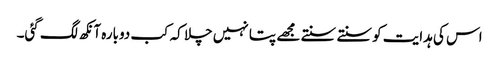
اس کی ہدایت کو سنتے سنتے مجھے پتا نہیں چلا کہ کب دوبارہ آنکھ لگ گئی۔